King Institute of Preventive Medicine Bacteriolog. Section reports 1907-08
Year: 1907
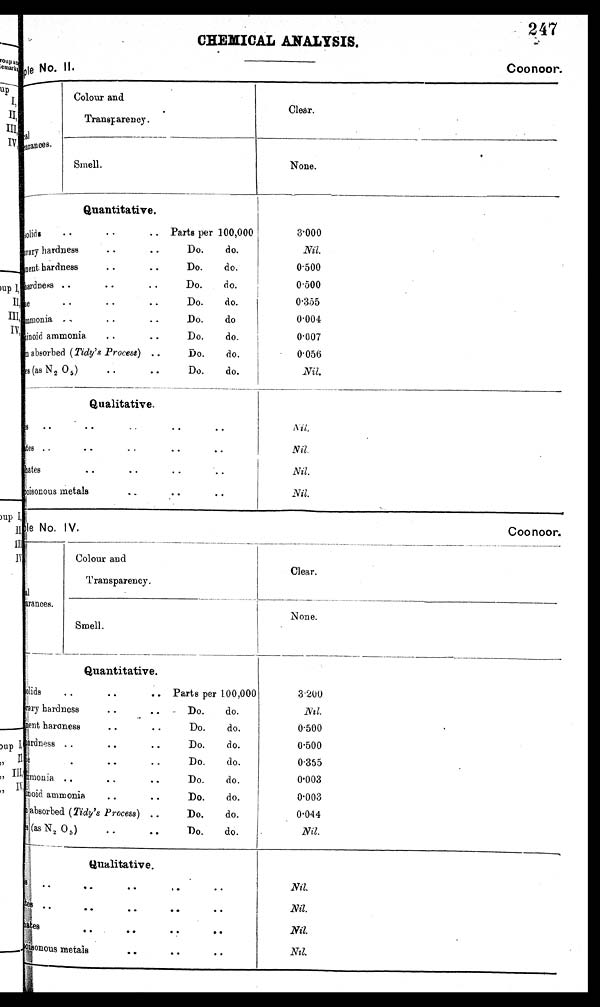
CHEMICAL ANALYSIS.
247
Sample
No_ II.
Coonoor.
Sample
No. IV.
Con floor_
al
Appearances..
Colour and
Transparency.
Clear.
Smell.
None.
Quantitative.
solids
• •
• •
• . Parts per 100,000
3.000
C rary hardness
• •
0
•
Do.
do.
Nil.
Went . hardness
• •• •
Do.
do.
0 . 5 0 0
• •
Hardness . •• •
Do.
d o.
0.500
• •
c h l o r i n e
• •
• •
Do.
do.
0.355
ammonia
• •• •
Do.
do
0.004
Ab u mi n o i d a mmo n i a .. •
Do.
do.
0.007 ,
absorbed (Tidy's Process) ..
Do.
do.
0.056
es (as N 2 0 5 )
• •
• •
Do.
do.
Nil.
---
--
Qualitative.
Nitrates
• •
• •
• •
• •
Nil.
sulphates. ,
• •
. I
phosphates • •• •
•
• •
• •
• •
Nil.
Nil. Nil
poisonous metals
•
• •
• •
Nil.
Colour and
Clear.
rances.
Transparency.
None.
Smell.
Quantitative.
solids
• •
• •
.. Parts per 100,000
3200
Temporary hardness • • ..
Do.
do.
N i l .
p e r m a n e n t
baroness
..
..
Do.
do.
0.500
ardness ..
• .
• .
Do.
do.
0.500
• •
• •
Do.
do.
0.355
Ammonia ..
• •
• •
Do.
do.
0.003
bid ammonia
..
• •
Do.
do.
0.003
absorbed (Tidy's Process) ..
Do.
do.
0.044
(as N 2 0 5)
..
• •
Do.
do.
Nil.
Qualitative.
N i t r a t e s
• •
• •
•
Nil.
• •
N i t r a t e s
Sulphates
• •
..
Nil.
phosphates
• •
• •
•
•
Nil.
poisonous metals
• •
..
• •
N
i l .
i .